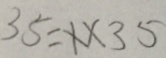
3 5 = 1 \times 3 5